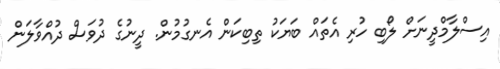
އިސްލާމްދީނަށް ލޯބި ހުރި އެތައް ބަޔަކު ތިބިކަން އެނގުމުން. ދީނުގެ ދުވަސް ދުއްވާލަން